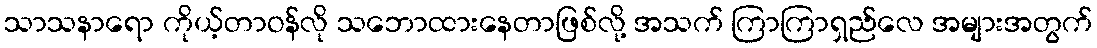
သာသနာရော ကိုယ့်တာဝန်လို သဘောထားနေတာဖြစ်လို့ အသက် ကြာကြာရှည်လေ အများအတွက်